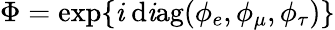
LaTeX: \Phi=\exp\{ \mathit{i}~\mathrm{{d\mathit{i}ag}}(\phi_{e},\phi_{\mu},\phi_{\tau})\}